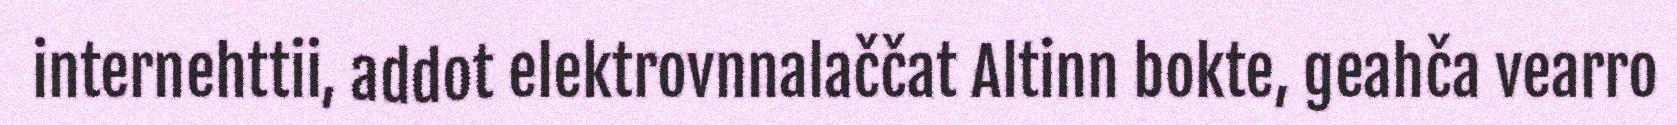
internehttii, addot elektrovnnalaččat Altinn bokte, geahča vearro